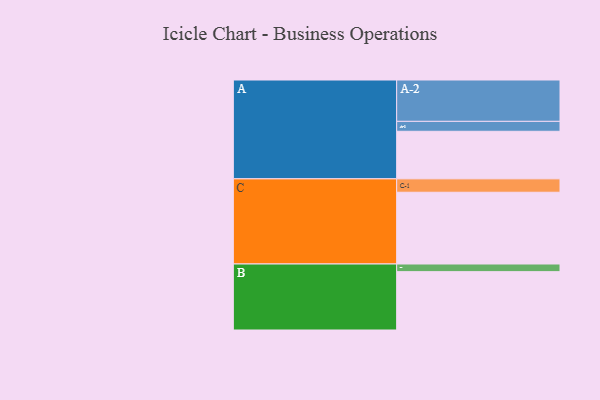
{"axis": {"x": "Segment", "y": "Value"}, "legend": ["", "A", "B", "C"], "data": [{"x": "A", "y": 330, "type": ""}, {"x": "B", "y": 405, "type": ""}, {"x": "C", "y": 498, "type": ""}, {"x": "A-1", "y": 69, "type": "A"}, {"x": "A-2", "y": 287, "type": "A"}, {"x": "B-1", "y": 53, "type": "B"}, {"x": "C-1", "y": 93, "type": "C"}]}